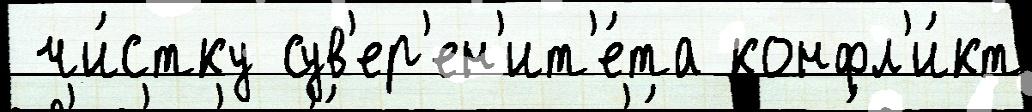
 чи́стку сув'ер'ен'ит'е́та конфл'и́кт